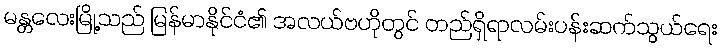
မန္တလေးမြို့သည် မြန်မာနိုင်ငံ၏ အလယ်ဗဟိုတွင် တည်ရှိရာလမ်းပန်းဆက်သွယ်ရေး